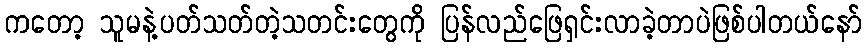
ကတော့ သူမနဲ့ပတ်သတ်တဲ့သတင်းတွေကို ပြန်လည်ဖြေရှင်းလာခဲ့တာပဲဖြစ်ပါတယ်နော်